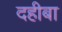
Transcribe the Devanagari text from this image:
दहीबा